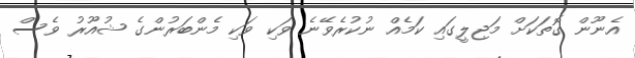
އެނޫން ގޮތަކަށް މަޖިލީގައި ކަމެއް ނުކުރެވޭނެ ވަކި ވަކި މެންބަރުންގެ ޝުއޫރު ވެސް